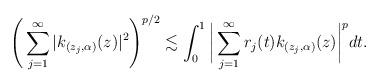
LaTeX: \begin{align*}\Bigg(\sum_{j=1}^\infty|k_{(z_j, \alpha)}(z)|^2\Bigg)^{p/2} \lesssim \int_0^1\bigg|\sum_{j=1}^\infty r_j(t)k_{(z_j, \alpha)}(z)\bigg|^pdt.\end{align*}